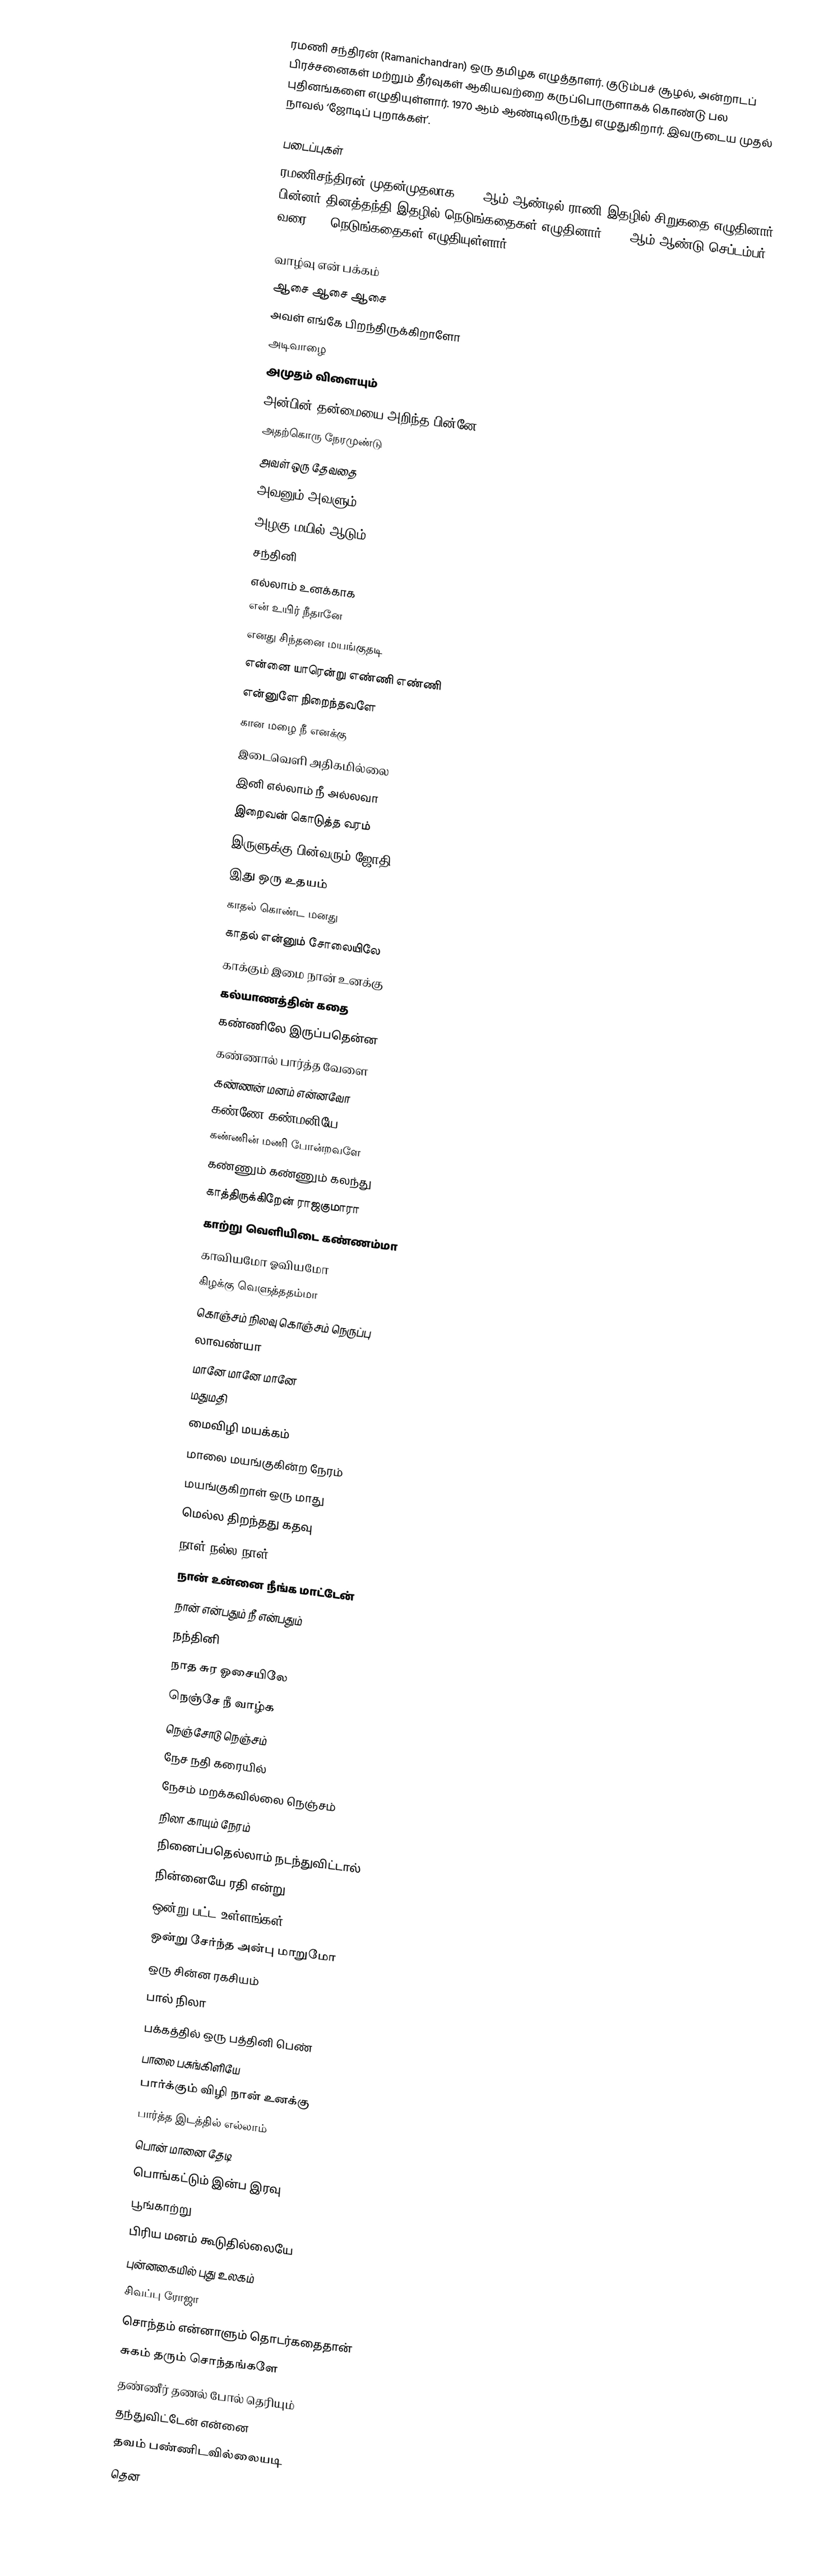
ரமணி சந்திரன் (Ramanichandran) ஒரு தமிழக எழுத்தாளர். குடும்பச் சூழல், அன்றாடப் பிரச்சனைகள் மற்றும் தீர்வுகள் ஆகியவற்றை கருப்பொருளாகக் கொண்டு பல புதினங்களை எழுதியுள்ளார். 1970 ஆம் ஆண்டிலிருந்து எழுதுகிறார். இவருடைய முதல் நாவல் ‘ஜோடிப் புறாக்கள்’.

படைப்புகள்
ரமணிசந்திரன் முதன்முதலாக 1964 ஆம் ஆண்டில் ராணி இதழில் சிறுகதை எழுதினார். பின்னர் தினத்தந்தி இதழில் நெடுங்கதைகள் எழுதினார். 2003ஆம் ஆண்டு செப்டம்பர் வரை 101 நெடுங்கதைகள் எழுதியுள்ளார்.

 வாழ்வு என் பக்கம்
 ஆசை ஆசை ஆசை
 அவள் எங்கே பிறந்திருக்கிறாளோ
 அடிவாழை
 அமுதம் விளையும்
 அன்பின் தன்மையை அறிந்த பின்னே
 அதற்கொரு நேரமுண்டு
 அவள் ஒரு தேவதை
 அவனும் அவளும்
 அழகு மயில் ஆடும்
 சந்தினி
 எல்லாம் உனக்காக
 என் உயிர் நீதானே
 எனது சிந்தனை மயங்குதடி
 என்னை யாரென்று எண்ணி எண்ணி
 என்னுளே நிறைந்தவளே
 கான மழை நீ எனக்கு
 இடைவெளி அதிகமில்லை
 இனி எல்லாம் நீ அல்லவா
 இறைவன் கொடுத்த வரம்
 இருளுக்கு பின்வரும் ஜோதி
 இது ஒரு உதயம்
 காதல் கொண்ட மனது
 காதல் என்னும் சோலையிலே
 காக்கும் இமை நான் உனக்கு
 கல்யாணத்தின் கதை
 கண்ணிலே இருப்பதென்ன
 கண்ணால் பார்த்த வேளை
 கண்ணன் மனம் என்னவோ
 கண்ணே கண்மனியே
 கண்ணின் மணி போன்றவளே
 கண்ணும் கண்ணும் கலந்து
 காத்திருக்கிறேன் ராஜகுமாரா
 காற்று வெளியிடை கண்ணம்மா
 காவியமோ ஓவியமோ
 கிழக்கு வெளுத்ததம்மா
 கொஞ்சம் நிலவு கொஞ்சம் நெருப்பு
 லாவண்யா
 மானே மானே மானே
 மதுமதி
 மைவிழி மயக்கம்
 மாலை மயங்குகின்ற நேரம்
 மயங்குகிறாள் ஒரு மாது
 மெல்ல திறந்தது கதவு
 நாள் நல்ல நாள்
 நான் உன்னை நீங்க மாட்டேன்
 நான் என்பதும் நீ என்பதும்
 நந்தினி
 நாத சுர ஓசையிலே
 நெஞ்சே நீ வாழ்க
 நெஞ்சோடு நெஞ்சம்
 நேச நதி கரையில்
 நேசம் மறக்கவில்லை நெஞ்சம்
 நிலா காயும் நேரம்
 நினைப்பதெல்லாம் நடந்துவிட்டால்
 நின்னையே ரதி என்று
 ஒன்று பட்ட உள்ளங்கள்
 ஒன்று சேர்ந்த அன்பு மாறுமோ
 ஒரு சின்ன ரகசியம்
 பால் நிலா
 பக்கத்தில் ஒரு பத்தினி பெண்
 பாலை பசுங்கிளியே
 பார்க்கும் விழி நான் உனக்கு
 பார்த்த இடத்தில் எல்லாம்
 பொன் மானை தேடி
 பொங்கட்டும் இன்ப இரவு
 பூங்காற்று
 பிரிய மனம் கூடுதில்லையே
 புன்னகையில் புது உலகம்
 சிவப்பு ரோஜா
 சொந்தம் என்னாளும் தொடர்கதைதான்
 சுகம் தரும் சொந்தங்களே
 தண்ணீர் தணல் போல் தெரியும்
 தந்துவிட்டேன் என்னை
 தவம் பண்ணிடவில்லையடி
 தென